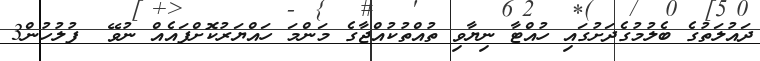
ދައުލަތުގެ ބެލުމުގެދަށުގައި ހުއްޓާ ނިޔާވި ތުއްތުކުއްޖާގެ މަންމަ ހައްޔަރުކޮށްފައެއް ނުވޭ  ފުލުހުން3